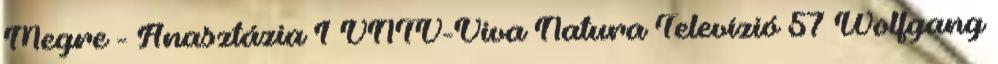
Megre - Anasztázia 1 VNTV-Viva Natura Televízió 57 Wolfgang